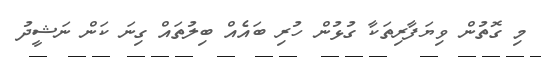
މި ގޮތުން ވިޔަފާރިތަކާ ގުޅުން ހުރި ބައެއް ބިލުތައް ގިނަ ކަން ނަޝީދު